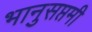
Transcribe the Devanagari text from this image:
भानुसप्तमी